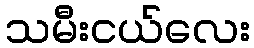
သမီးငယ်လေး